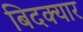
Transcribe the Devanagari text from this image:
बिदक्यार